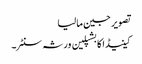
تصویر جین مالیا
کینیڈا کا بشپلین ورثہ سنٹر۔